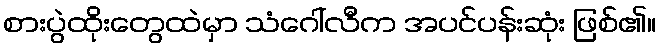
စားပွဲထိုးတွေထဲမှာ သံဂေါ်လီက အပင်ပန်းဆုံး ဖြစ်၏။